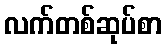
လက်တစ်ဆုပ်စာ